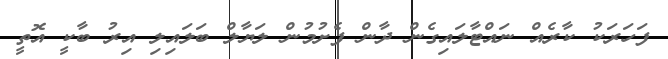
ފަހަރަކު ކާރެއް ނައްޓާލައިގެން ދާން ފެށުމުން ލަޔާލް ބަލައިލި އިރު ބާކީ އޮތީ